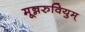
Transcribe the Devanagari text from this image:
मून्नरुवियुम्